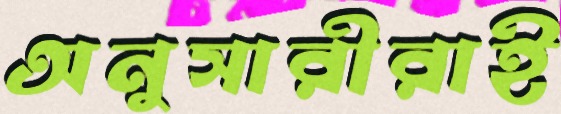
অনুসারীরাই